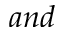
a n d